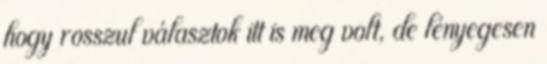
hogy rosszul választok itt is meg volt, de lényegesen